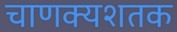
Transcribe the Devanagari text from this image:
चाणक्यशतक